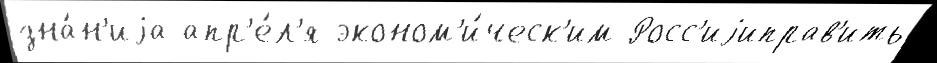
зна́н'иjа апр'е́л'я эконом'и́ческ'им Росс'иjиправ'ить